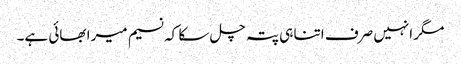
مگر انہیں صرف اتنا ہی پتہ چل سکا کہ نسیم میرا بھائی ہے۔